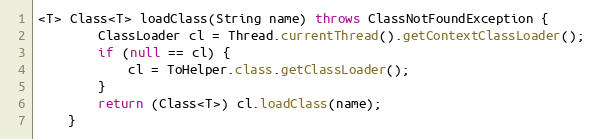
Language: Java
<T> Class<T> loadClass(String name) throws ClassNotFoundException {
        ClassLoader cl = Thread.currentThread().getContextClassLoader();
        if (null == cl) {
            cl = ToHelper.class.getClassLoader();
        }
        return (Class<T>) cl.loadClass(name);
    }